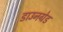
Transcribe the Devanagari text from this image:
डाउनग्रेड